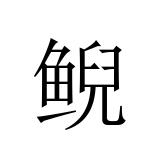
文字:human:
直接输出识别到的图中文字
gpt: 鲵